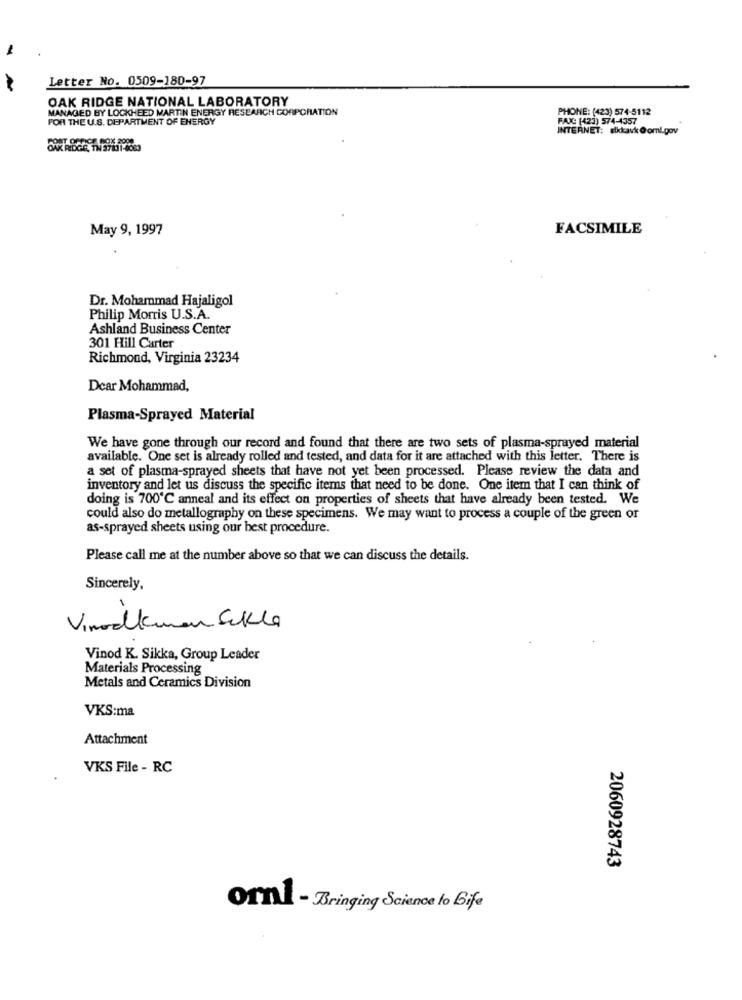
1
Letter No. 0509-180-97
OAK RIDGE NATIONAL LABORATORY
MANAGED BY LOCKHEED MARTIN ENERGY RESEARCH CORPORATION
PHONE: (423) 574-5112
FOR THE U.S. DEPARTMENT OF ENERGY
FAX: (423) 574-4357
INTERNET: sikkavk @ oml.gov
May 9, 1997
FACSIMILE
Dr. Mohammad Hajaligol
Philip Morris U.S.A.
Ashland Business Center
301 Hill Carter
Richmond, Virginia 23234
Dear Mohammad,
Plasma-Sprayed Material
We have gone through our record and found that there are two sets of plasma-sprayed material
available. One set is already rolled and tested, and data for it are attached with this letter. There is
a set of plasma-sprayed sheets that have not yet been processed. Please review the data and
inventory and let us discuss the specific items that need to be done. One item that I can think of
doing is 700℃ anneal and its effect on properties of sheets that have already been tested. We
could also do metallography on these specimens. We may want to process a couple of the green or
as-sprayed sheets using our best procedure.
Please call me at the number above so that we can discuss the details.
Sincerely,
Vinoakman Skla
Vinod K. Sikka, Group Leader
Materials Processing
Metals and Ceramics Division
VKS:ma
Attachment
VKS File - RC
2060928743
orn - Bringing Science to Bife